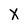
Character: X